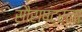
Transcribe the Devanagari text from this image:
सौराष्ट्रला